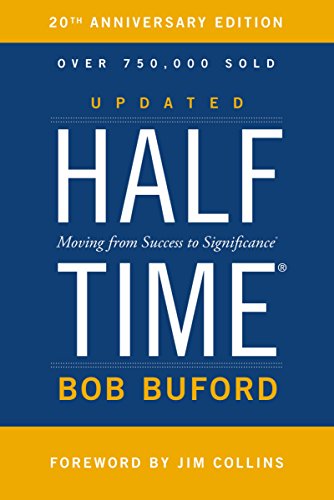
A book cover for Halftime: Moving from Success to Significance; Bob P. Buford; Christian Books & Bibles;